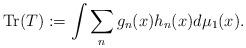
LaTeX: \begin{align*}\textnormal{Tr}(T):=\int\sum_{n}g_{n}(x)h_{n}(x)d\mu_1(x).\end{align*}